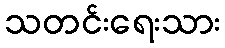
သတင်းရေးသား